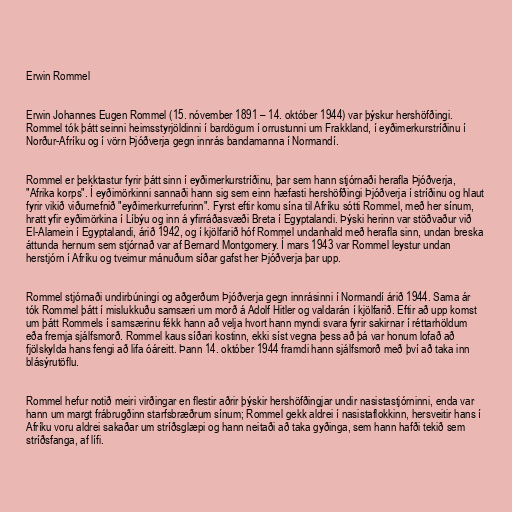
Erwin Rommel

Erwin Johannes Eugen Rommel (15. nóvember 1891 – 14. október 1944) var þýskur hershöfðingi.
Rommel tók þátt seinni heimsstyrjöldinni í bardögum í orrustunni um Frakkland, í eyðimerkurstríðinu í
Norður-Afríku og í vörn Þjóðverja gegn innrás bandamanna í Normandí.

Rommel er þekktastur fyrir þátt sinn í eyðimerkurstríðinu, þar sem hann stjórnaði herafla Þjóðverja,
"Afrika korps". Í eyðimörkinni sannaði hann sig sem einn hæfasti hershöfðingi Þjóðverja í stríðinu og hlaut
fyrir vikið viðurnefnið "eyðimerkurrefurinn". Fyrst eftir komu sína til Afríku sótti Rommel, með her sínum,
hratt yfir eyðimörkina í Líbýu og inn á yfirráðasvæði Breta í Egyptalandi. Þýski herinn var stöðvaður við
El-Alamein í Egyptalandi, árið 1942, og í kjölfarið hóf Rommel undanhald með herafla sinn, undan breska
áttunda hernum sem stjórnað var af Bernard Montgomery. Í mars 1943 var Rommel leystur undan
herstjórn í Afríku og tveimur mánuðum síðar gafst her Þjóðverja þar upp.

Rommel stjórnaði undirbúningi og aðgerðum Þjóðverja gegn innrásinni í Normandí árið 1944. Sama ár
tók Rommel þátt í mislukkuðu samsæri um morð á Adolf Hitler og valdarán í kjölfarið. Eftir að upp komst
um þátt Rommels í samsærinu fékk hann að velja hvort hann myndi svara fyrir sakirnar í réttarhöldum
eða fremja sjálfsmorð. Rommel kaus síðari kostinn, ekki síst vegna þess að þá var honum lofað að
fjölskylda hans fengi að lifa óáreitt. Þann 14. október 1944 framdi hann sjálfsmorð með því að taka inn
blásýrutöflu.

Rommel hefur notið meiri virðingar en flestir aðrir þýskir hershöfðingjar undir nasistastjórninni, enda var
hann um margt frábrugðinn starfsbræðrum sínum; Rommel gekk aldrei í nasistaflokkinn, hersveitir hans í
Afríku voru aldrei sakaðar um stríðsglæpi og hann neitaði að taka gyðinga, sem hann hafði tekið sem
stríðsfanga, af lífi.